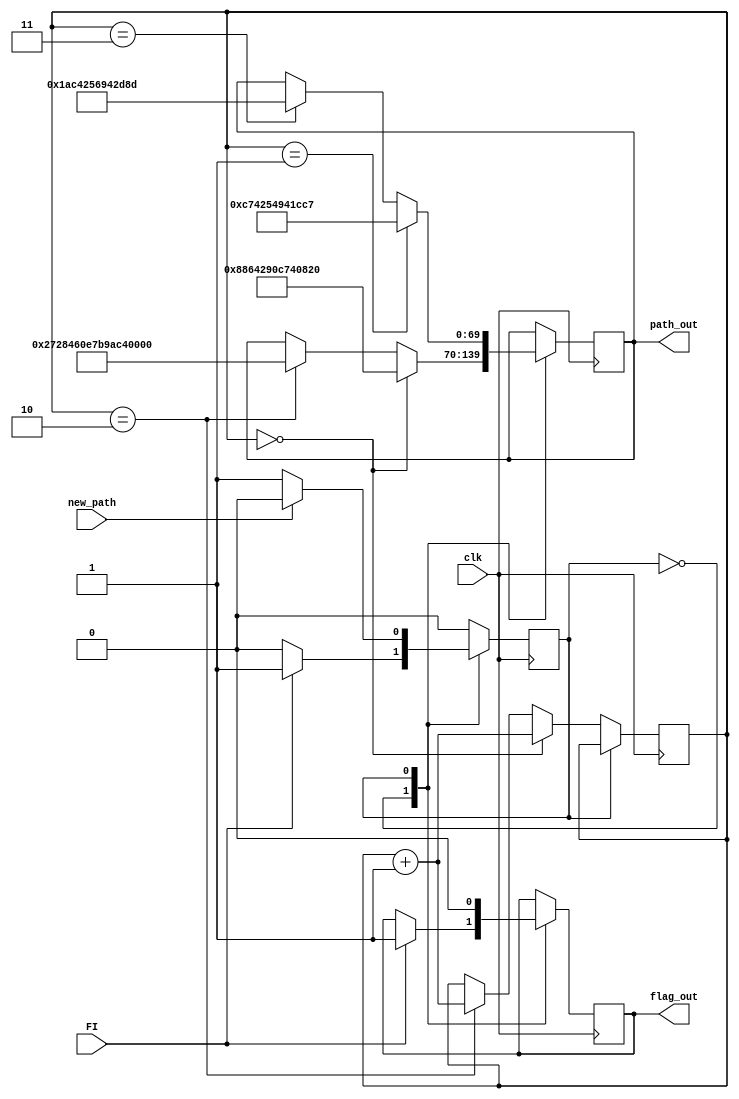
module CPU(
		input clk, FI, new_path,
		output wire [69:0] path_out,
		output flag_out
);

reg count = 0;
reg flag = 0;
reg [69:0] path = 0;
reg [1:0] cnt = 0;

assign path_out = path;
assign flag_out = flag;

always @(posedge clk) begin
//		count <= count + 1;
//		case(count)
//			0: begin //      0     1     29    28    26    27   26    25    24    20    29     1     0
//				path <= 70'b00000_00001_11101_11100_11010_11011_11010_11001_11000_10100_11101_00001_00000;
//			end
//			1: begin //      0     1     2     8     7     6     4     5     4     3     2     1     0     1
//				path <= 70'b00000_00001_00010_01000_00111_00110_00100_00101_00100_00011_00010_00001_00000_00001;
//			end
//			2: begin //      0     1     29    20    19    18    16    17    16    14    15    14   13    12     8     2     1     0
//				path <= 70'b00000_00001_11101_10100_10011_10010_10000_10001_10000_01110_01111_01110_01101_01100_01000_00010_00001_00000;
//			end
//			default: begin path <= 0; end
//		endcase
		case(count)
			0: begin //      0     1     29    28    26    27   26    25    24    20    29     1     0
//				path <= 70'b00000_00001_11101_11100_11010_11011_11010_11001_11000_10100_11101_00001_00000; 
				if (cnt==0) begin
				//     				0     1     2     3     4     5     4     6     7     8     2     1     0   
				path <= 70'b00000_00001_00010_00011_00100_00101_00100_00110_00111_01000_00010_00001_00000;
				cnt <= cnt +1;
				end
				else if (cnt==2) begin
					cnt <= cnt + 1;   
			 //                  12     19     18   16    17    16   14   15   14     13    12     8     7     6     7				
						path <= 70'b01010_10011_10010_10000_10001_10000_01110_01111_01110_01101_01100_01000_00111_00110_00111;
				end
				if (FI) begin count <= 1; flag <= 1; end
			end
			1: begin //     25    24    20    21    22    21    20    24    25
//				path <= 70'b11001_11000_10100_10101_10110_10101_10100_11000_11001;
				if (cnt==1) begin
				//            6     7     8     9     10    9     8     7     6     7
				path <= 70'b00110_00111_01000_01001_01010_01001_01000_00111_00110_00111;
				end
				else if (cnt == 3) begin
//                        13     12     8     9   11  9    8   11   12     13
				path <= 70'b01101_01100_01000_01001_01011_01001_01000_01011_01100_01101;
				end
				flag <= 0;
				if (new_path) begin count <= 0; end
			end
		endcase
end
endmodule